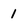
Character: 1